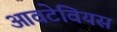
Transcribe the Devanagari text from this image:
आवटेवियस